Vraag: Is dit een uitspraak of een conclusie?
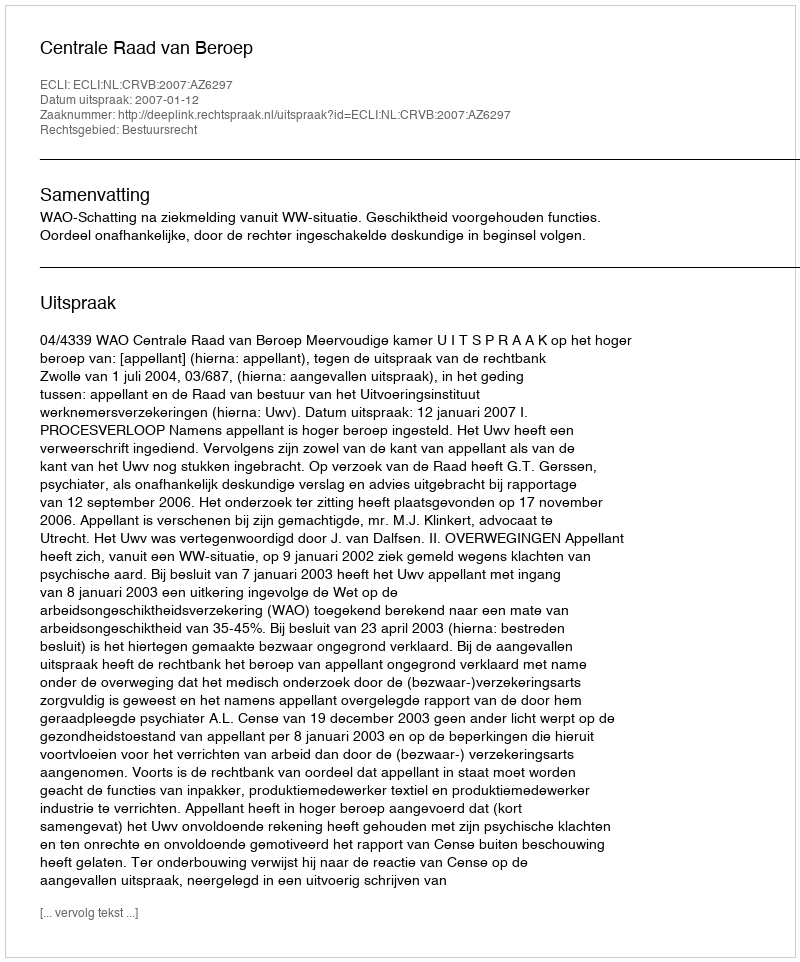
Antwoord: Uitspraak